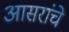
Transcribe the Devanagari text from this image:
आसरांचे